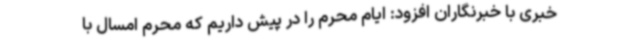
خبری با خبرنگاران افزود: ایام محرم را در پیش داریم که محرم امسال با